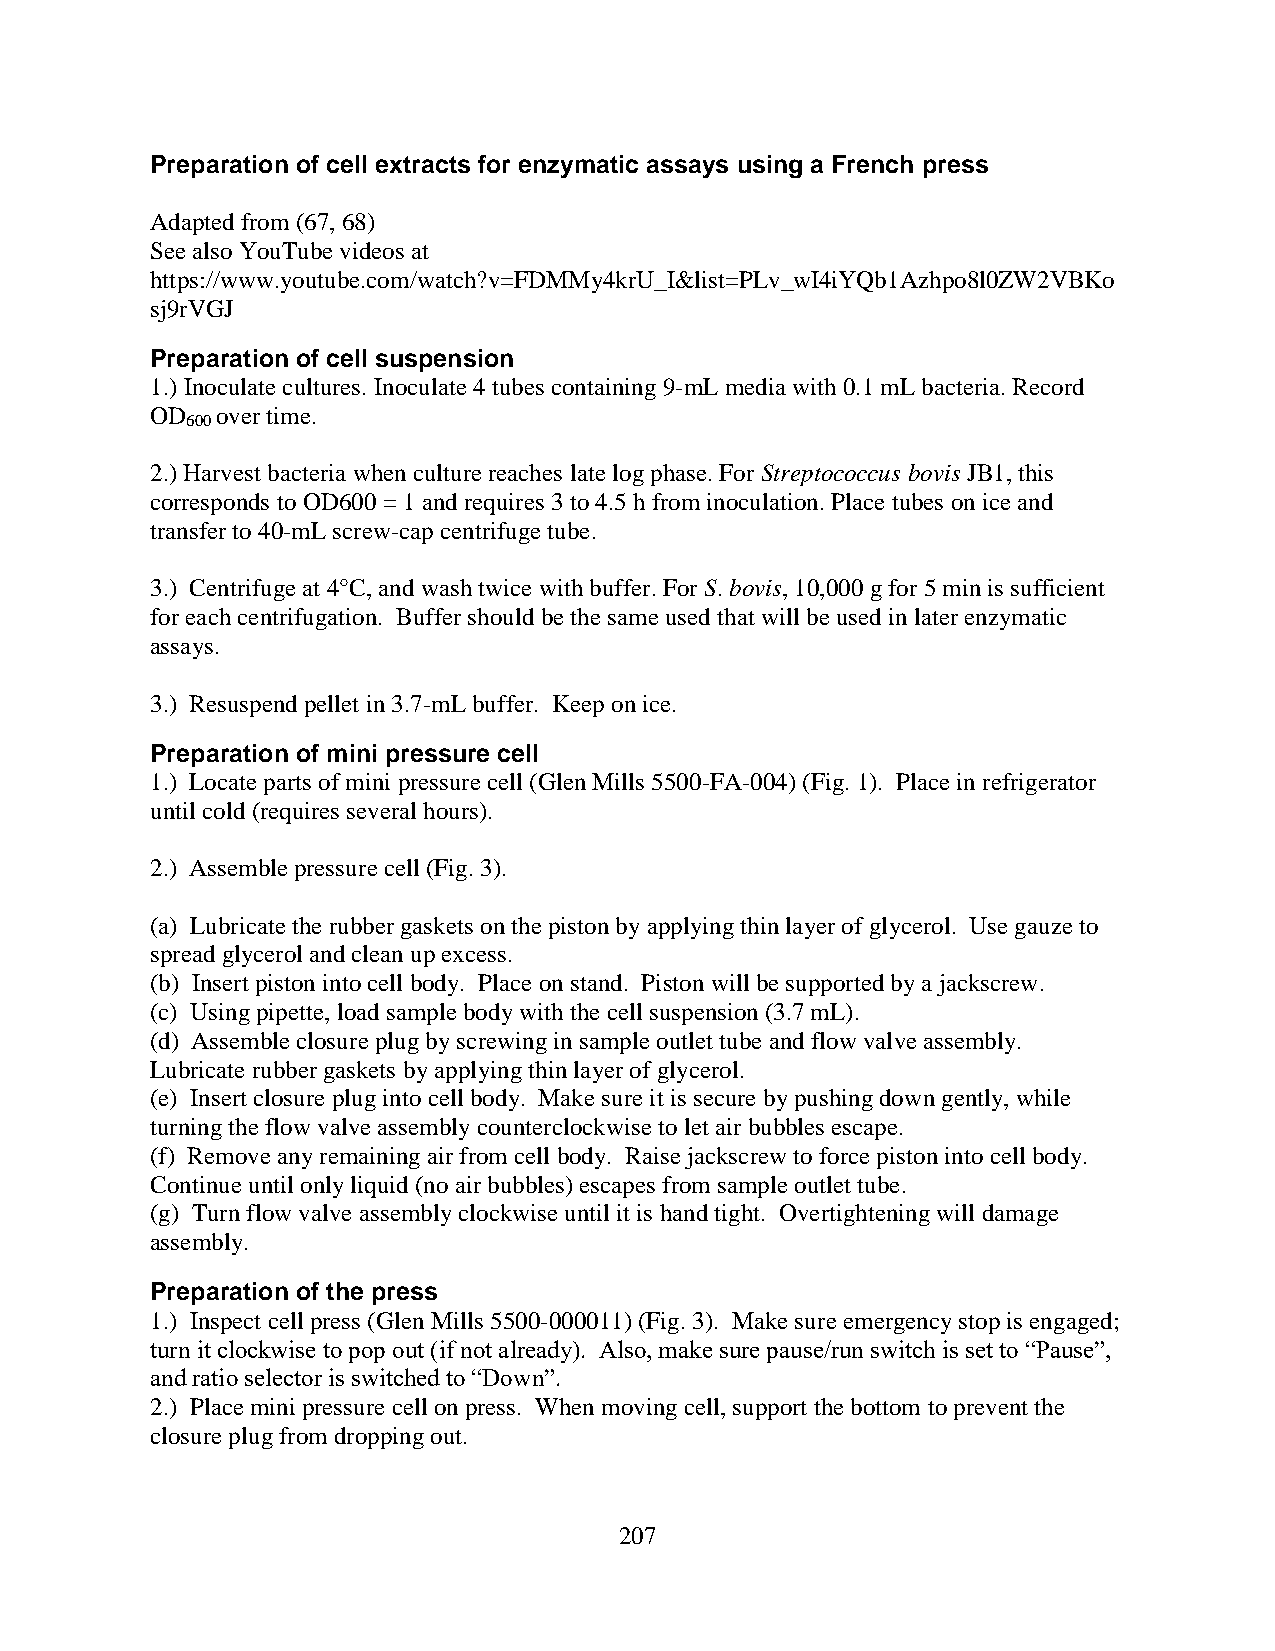
Preparation of cell extracts for enzymatic assays using a French press
 Adapted from (67, 68)
 See also YouTube videos at
 https://www.youtube.com/watch?v=FDMMy4krU_I&list=PLv_wI4iYQb1Azhpo8l0ZW2VBKo
 sj9rVGJ
 Preparation of cell suspension
 1.) Inoculate cultures. Inoculate 4 tubes containing 9-mL media with 0.1 mL bacteria. Record
 OD  over time.
 600
 2.) Harvest bacteria when culture reaches late log phase. For Streptococcus bovis JB1, this
 corresponds to OD600 = 1 and requires 3 to 4.5 h from inoculation. Place tubes on ice and
 transfer to 40-mL screw-cap centrifuge tube.
 3.) Centrifuge at 4°C, and wash twice with buffer. For S. bovis, 10,000 g for 5 min is sufficient
 for each centrifugation. Buffer should be the same used that will be used in later enzymatic
 assays.
 3.) Resuspend pellet in 3.7-mL buffer. Keep on ice.
 Preparation of mini pressure cell
 1.) Locate parts of mini pressure cell (Glen Mills 5500-FA-004) (Fig. 1). Place in refrigerator
 until cold (requires several hours).
 2.) Assemble pressure cell (Fig. 3).
 (a) Lubricate the rubber gaskets on the piston by applying thin layer of glycerol. Use gauze to
 spread glycerol and clean up excess.
 (b) Insert piston into cell body. Place on stand. Piston will be supported by a jackscrew.
 (c) Using pipette, load sample body with the cell suspension (3.7 mL).
 (d) Assemble closure plug by screwing in sample outlet tube and flow valve assembly.
 Lubricate rubber gaskets by applying thin layer of glycerol.
 (e) Insert closure plug into cell body. Make sure it is secure by pushing down gently, while
 turning the flow valve assembly counterclockwise to let air bubbles escape.
 (f) Remove any remaining air from cell body. Raise jackscrew to force piston into cell body.
 Continue until only liquid (no air bubbles) escapes from sample outlet tube.
 (g) Turn flow valve assembly clockwise until it is hand tight. Overtightening will damage
 assembly.
 Preparation of the press
 1.) Inspect cell press (Glen Mills 5500-000011) (Fig. 3). Make sure emergency stop is engaged;
 turn it clockwise to pop out (if not already). Also, make sure pause/run switch is set to “Pause”,
 and ratio selector is switched to “Down”.
 2.) Place mini pressure cell on press. When moving cell, support the bottom to prevent the
 closure plug from dropping out.
 207